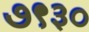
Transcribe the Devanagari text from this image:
७९३०